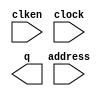
// megafunction wizard: %ROM: 1-PORT%VBB%
// GENERATION: STANDARD
// VERSION: WM1.0
// MODULE: altsyncram 

// ============================================================
// Megafunction Name(s):
// 			altsyncram
//
// Simulation Library Files(s):
// 			altera_mf
// ============================================================
// ************************************************************
// THIS IS A WIZARD-GENERATED FILE. DO NOT EDIT THIS FILE!
//
// 11.0 Build 157 04/27/2011 SJ Web Edition
// ************************************************************

//Copyright (C) 1991-2011 Altera Corporation
//Your use of Altera Corporation's design tools, logic functions 
//and other software and tools, and its AMPP partner logic 
//functions, and any output files from any of the foregoing 
//(including device programming or simulation files), and any 
//associated documentation or information are expressly subject 
//to the terms and conditions of the Altera Program License 
//Subscription Agreement, Altera MegaCore Function License 
//Agreement, or other applicable license agreement, including, 
//without limitation, that your use is for the sole purpose of 
//programming logic devices manufactured by Altera and sold by 
//Altera or its authorized distributors.  Please refer to the 
//applicable agreement for further details.

module data_rom (
	address,
	clken,
	clock,
	q);

	input	[14:0]  address;
	input	  clken;
	input	  clock;
	output	[15:0]  q;
`ifndef ALTERA_RESERVED_QIS
// synopsys translate_off
`endif
	tri1	  clken;
	tri1	  clock;
`ifndef ALTERA_RESERVED_QIS
// synopsys translate_on
`endif

endmodule

// ============================================================
// CNX file retrieval info
// ============================================================
// Retrieval info: PRIVATE: ADDRESSSTALL_A NUMERIC "0"
// Retrieval info: PRIVATE: AclrAddr NUMERIC "0"
// Retrieval info: PRIVATE: AclrByte NUMERIC "0"
// Retrieval info: PRIVATE: AclrOutput NUMERIC "0"
// Retrieval info: PRIVATE: BYTE_ENABLE NUMERIC "0"
// Retrieval info: PRIVATE: BYTE_SIZE NUMERIC "8"
// Retrieval info: PRIVATE: BlankMemory NUMERIC "0"
// Retrieval info: PRIVATE: CLOCK_ENABLE_INPUT_A NUMERIC "1"
// Retrieval info: PRIVATE: CLOCK_ENABLE_OUTPUT_A NUMERIC "0"
// Retrieval info: PRIVATE: Clken NUMERIC "1"
// Retrieval info: PRIVATE: IMPLEMENT_IN_LES NUMERIC "0"
// Retrieval info: PRIVATE: INIT_FILE_LAYOUT STRING "PORT_A"
// Retrieval info: PRIVATE: INIT_TO_SIM_X NUMERIC "0"
// Retrieval info: PRIVATE: INTENDED_DEVICE_FAMILY STRING "Cyclone IV E"
// Retrieval info: PRIVATE: JTAG_ENABLED NUMERIC "0"
// Retrieval info: PRIVATE: JTAG_ID STRING "NONE"
// Retrieval info: PRIVATE: MAXIMUM_DEPTH NUMERIC "0"
// Retrieval info: PRIVATE: MIFfilename STRING "source/synapse/program/data_rom.mif"
// Retrieval info: PRIVATE: NUMWORDS_A NUMERIC "32768"
// Retrieval info: PRIVATE: RAM_BLOCK_TYPE NUMERIC "2"
// Retrieval info: PRIVATE: RegAddr NUMERIC "1"
// Retrieval info: PRIVATE: RegOutput NUMERIC "0"
// Retrieval info: PRIVATE: SYNTH_WRAPPER_GEN_POSTFIX STRING "0"
// Retrieval info: PRIVATE: SingleClock NUMERIC "1"
// Retrieval info: PRIVATE: UseDQRAM NUMERIC "0"
// Retrieval info: PRIVATE: WidthAddr NUMERIC "15"
// Retrieval info: PRIVATE: WidthData NUMERIC "16"
// Retrieval info: PRIVATE: rden NUMERIC "0"
// Retrieval info: LIBRARY: altera_mf altera_mf.altera_mf_components.all
// Retrieval info: CONSTANT: ADDRESS_ACLR_A STRING "NONE"
// Retrieval info: CONSTANT: CLOCK_ENABLE_INPUT_A STRING "NORMAL"
// Retrieval info: CONSTANT: CLOCK_ENABLE_OUTPUT_A STRING "BYPASS"
// Retrieval info: CONSTANT: INIT_FILE STRING "source/synapse/program/data_rom.mif"
// Retrieval info: CONSTANT: INTENDED_DEVICE_FAMILY STRING "Cyclone IV E"
// Retrieval info: CONSTANT: LPM_HINT STRING "ENABLE_RUNTIME_MOD=NO"
// Retrieval info: CONSTANT: LPM_TYPE STRING "altsyncram"
// Retrieval info: CONSTANT: NUMWORDS_A NUMERIC "32768"
// Retrieval info: CONSTANT: OPERATION_MODE STRING "ROM"
// Retrieval info: CONSTANT: OUTDATA_ACLR_A STRING "NONE"
// Retrieval info: CONSTANT: OUTDATA_REG_A STRING "UNREGISTERED"
// Retrieval info: CONSTANT: RAM_BLOCK_TYPE STRING "M9K"
// Retrieval info: CONSTANT: WIDTHAD_A NUMERIC "15"
// Retrieval info: CONSTANT: WIDTH_A NUMERIC "16"
// Retrieval info: CONSTANT: WIDTH_BYTEENA_A NUMERIC "1"
// Retrieval info: USED_PORT: address 0 0 15 0 INPUT NODEFVAL "address[14..0]"
// Retrieval info: USED_PORT: clken 0 0 0 0 INPUT VCC "clken"
// Retrieval info: USED_PORT: clock 0 0 0 0 INPUT VCC "clock"
// Retrieval info: USED_PORT: q 0 0 16 0 OUTPUT NODEFVAL "q[15..0]"
// Retrieval info: CONNECT: @address_a 0 0 15 0 address 0 0 15 0
// Retrieval info: CONNECT: @clock0 0 0 0 0 clock 0 0 0 0
// Retrieval info: CONNECT: @clocken0 0 0 0 0 clken 0 0 0 0
// Retrieval info: CONNECT: q 0 0 16 0 @q_a 0 0 16 0
// Retrieval info: GEN_FILE: TYPE_NORMAL data_rom.v TRUE
// Retrieval info: GEN_FILE: TYPE_NORMAL data_rom.inc FALSE
// Retrieval info: GEN_FILE: TYPE_NORMAL data_rom.cmp FALSE
// Retrieval info: GEN_FILE: TYPE_NORMAL data_rom.bsf FALSE
// Retrieval info: GEN_FILE: TYPE_NORMAL data_rom_inst.v TRUE
// Retrieval info: GEN_FILE: TYPE_NORMAL data_rom_bb.v TRUE
// Retrieval info: LIB_FILE: altera_mf